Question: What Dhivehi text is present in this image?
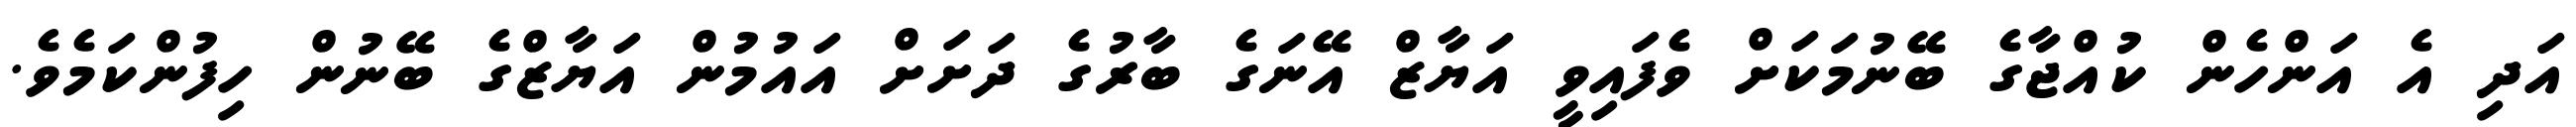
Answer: އަދި އެ އަންހެން ކުއްޖާގެ ބޭނުމަކަށް ވެފައިވީ އަޔާޒް އޭނަގެ ބާރުގެ ދަށަށް އައުމުން އަޔާޒްގެ ބޭނުން ހިފުންކަމެވެ.